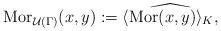
LaTeX: \begin{align*}\mathrm {Mor}_{\mathcal U(\Gamma)}(x,y):=\widehat{\langle\mathrm {Mor}(x,y)\rangle_K,}\end{align*}